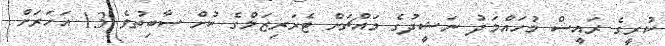
ކުރީގެ ރައީސް މުހައްމަދު ނަޝީދުގެ މައްޗަށް ޓެރަރިޒަމްގެ ކުށް ސާބިތުވެ 13 އަހަރަށް